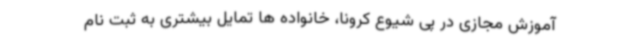
آموزش مجازی در پی شیوع کرونا، خانواده ها تمایل بیشتری به ثبت نام